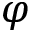
\varphi